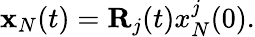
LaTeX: \begin{array}{r}{{\mathbf x}_{N}(t)={\mathbf R}_{j}(t)x_{N}^{j}(0).}\end{array}